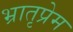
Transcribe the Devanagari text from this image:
भ्रातृप्रेम